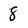
Character: 8